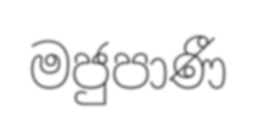
මජුපාණී